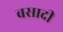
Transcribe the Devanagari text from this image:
बसादी